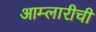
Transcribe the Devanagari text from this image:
आम्लारीची